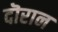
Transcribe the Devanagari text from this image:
दॊरान